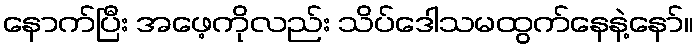
နောက်ပြီး အဖေ့ကိုလည်း သိပ်ဒေါသမထွက်နေနဲ့နော်။